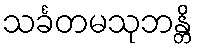
သင်္ခတမသုဘန္တိ